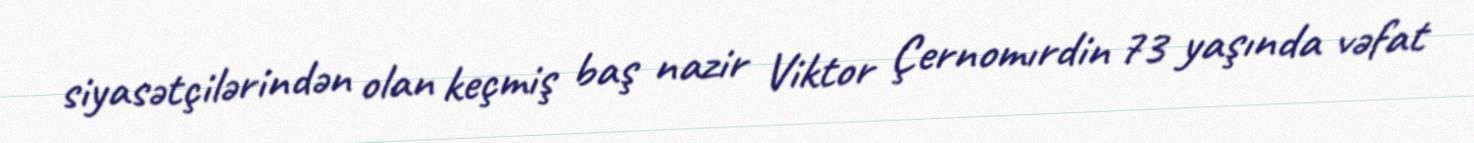
siyasətçilərindən olan keçmiş baş nazir Viktor Çernomırdin 73 yaşında vəfat